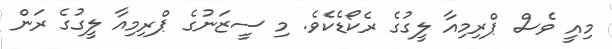
މިއީ ވެސް ޕްރިމިއާ ލީގުގެ ރެކޯޑެކެވެ. މި ސީޒަނުގެ ޕްރިމިއާ ލީގުގެ ރަން